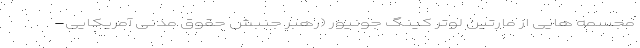
مجسمه هایی از مارتین لوتر کینگ جونیور (رهبر جنبش حقوق مدنی آمریکایی-‌